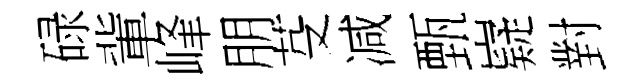
碌軰峰朋芟减甄嶷對